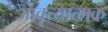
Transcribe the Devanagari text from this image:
आवृत्यात्मक